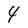
Character: 4